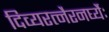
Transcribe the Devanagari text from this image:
दिव्यरत्नैरनर्घ्यैः